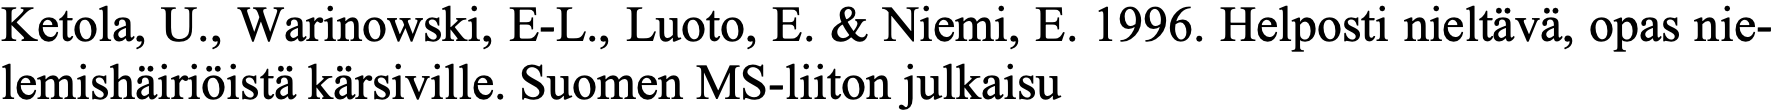
Ketola, U., Warinowski, E-L., Luoto, E. & Niemi, E. 1996. Helposti nieltävä, opas nie- lemishäiriöistä kärsiville. Suomen MS-liiton julkaisu